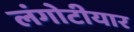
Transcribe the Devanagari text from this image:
लंगोटीयार